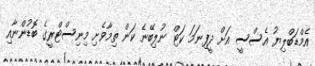
އެމްޑަބްލިޔު އެސްސީ އަށް ދީފިނަމަ ކަޓް ނުލިބޭނެ ކަން ތިމާވެށި މިނިސްޓްރީގެ ބޮޑުންނާއި